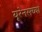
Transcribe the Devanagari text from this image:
यूरेनसच्या